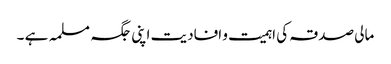
مالی صدقہ کی اہمیت و افادیت اپنی جگہ مسلمہ ہے ۔